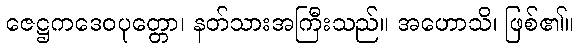
ဇေဋ္ဌကဒေဝပုတ္တော၊ နတ်သားအကြီးသည်။ အဟောသိ၊ ဖြစ်၏။